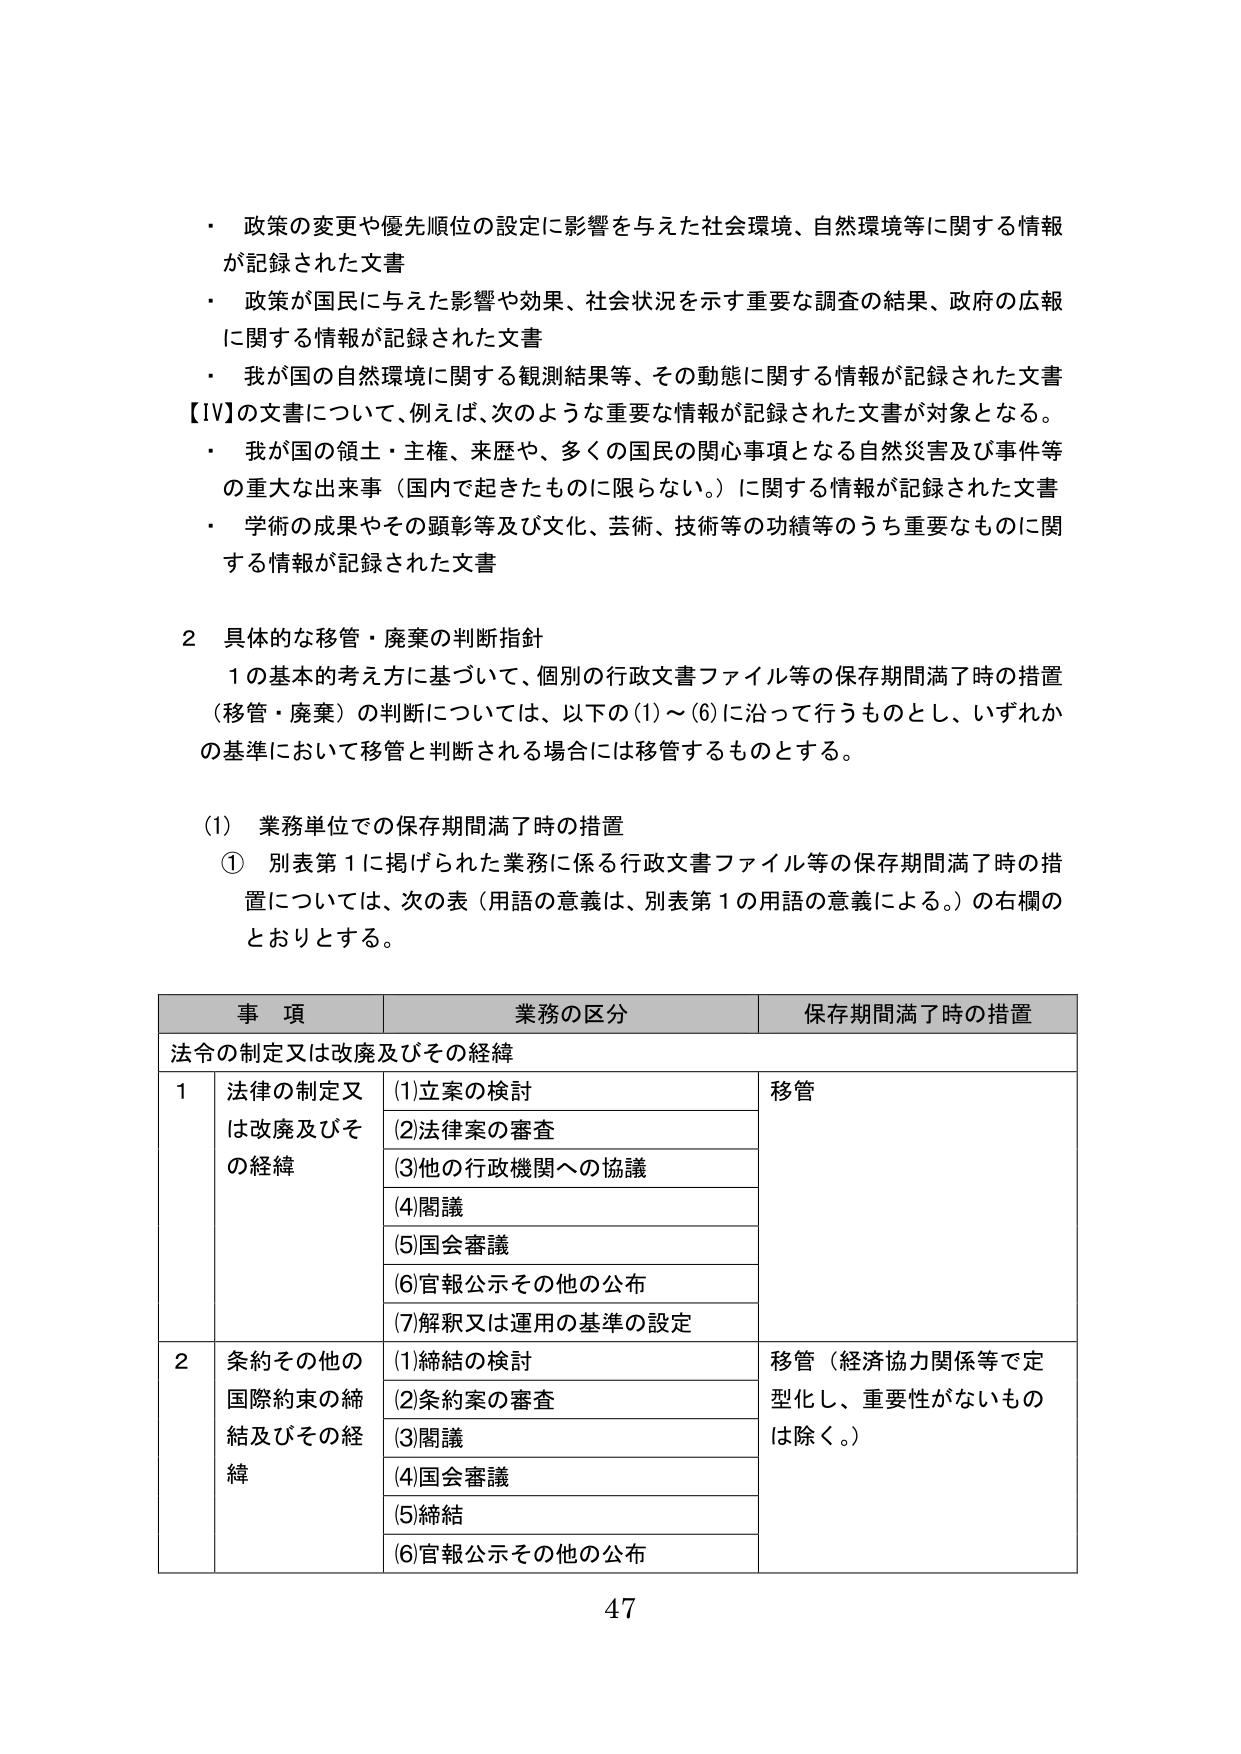
・ 政策の変更や優先順位の設定に影響を与えた社会環境、自然環境等に関する情報が記録された文書
・ 政策が国民に与えた影響や効果、社会状況を示す重要な調査の結果、政府の広報に関する情報が記録された文書
・ 我が国の自然環境に関する観測結果等、その動態に関する情報が記録された文書
【Ⅳ】の文書について、例えば、次のような重要な情報が記録された文書が対象となる。
・ 我が国の領土・主権、来歴や、多くの国民の関心事項となる自然災害及び事件等の重大な出来事（国内で起きたものに限らない。）に関する情報が記録された文書
・ 学術の成果やその顕彰等及び文化、芸術、技術等の功績等のうち重要なものに関する情報が記録された文書

2 具体的な移管・廃棄の判断指針
1の基本的考え方に基づいて、個別の行政文書ファイル等の保存期間満了時の措置（移管・廃棄）の判断については、以下の(1)～(6)に沿って行うものとし、いずれかの基準において移管と判断される場合には移管するものとする。

(1) 業務単位での保存期間満了時の措置
① 別表第1に掲げられた業務に係る行政文書ファイル等の保存期間満了時の措置については、次の表（用語の意義は、別表第1の用語の意義による。）の右欄のとおりとする。

事項 業務の区分 保存期間満了時の措置
法令の制定又は改廃及びその経緯
1 法律の制定又は改廃及びその経緯
(1)立案の検討 移管
(2)法律案の審査
(3)他の行政機関への協議
(4)閣議
(5)国会審議
(6)官報公示その他の公布
(7)解釈又は運用の基準の設定
2 条約その他の国際約束の締結及びその経緯
(1)締結の検討 移管（経済協力関係等で定型化し、重要性がないものは除く。）
(2)条約案の審査
(3)閣議
(4)国会審議
(5)締結
(6)官報公示その他の公布

47